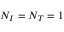
N _ { I } = N _ { T } = 1